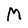
Character: M